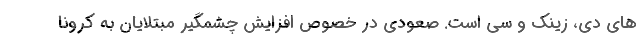
های دی، زینک و سی است. صعودی در خصوص افزایش چشمگیر مبتلایان به کرونا